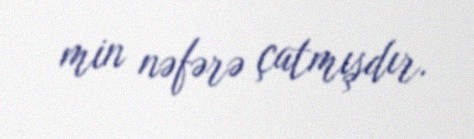
min nəfərə çatmışdır.